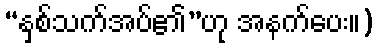
“နှစ်သက်အပ်၏”ဟု အနက်ပေး။)